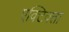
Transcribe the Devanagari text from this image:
एक्टिवता